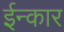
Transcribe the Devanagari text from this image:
ईन्कार